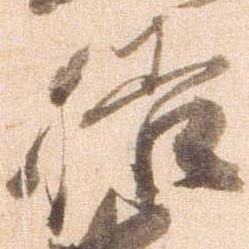
膳